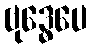
ဗုဒ္ဓေပေ